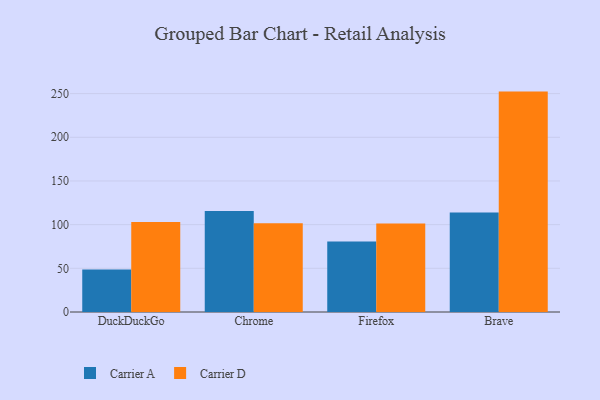
{"axis": {"x": "Browser", "y": "Shipments"}, "legend": ["Carrier A", "Carrier D"], "data": [{"x": "DuckDuckGo", "y": 48.6, "type": "Carrier A"}, {"x": "DuckDuckGo", "y": 103.1, "type": "Carrier D"}, {"x": "Chrome", "y": 115.6, "type": "Carrier A"}, {"x": "Chrome", "y": 101.5, "type": "Carrier D"}, {"x": "Firefox", "y": 80.6, "type": "Carrier A"}, {"x": "Firefox", "y": 101.4, "type": "Carrier D"}, {"x": "Brave", "y": 114.0, "type": "Carrier A"}, {"x": "Brave", "y": 252.3, "type": "Carrier D"}]}